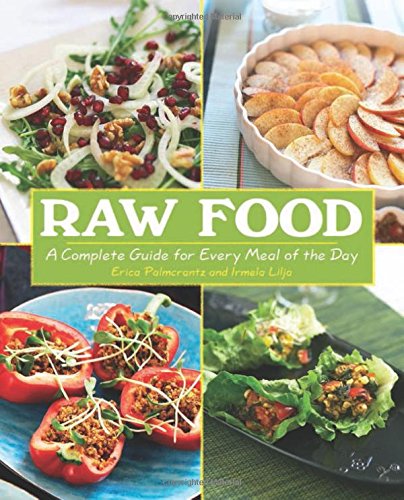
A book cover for Raw Food: A Complete Guide for Every Meal of the Day; Erica Palmcrantz Aziz; Cookbooks, Food & Wine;